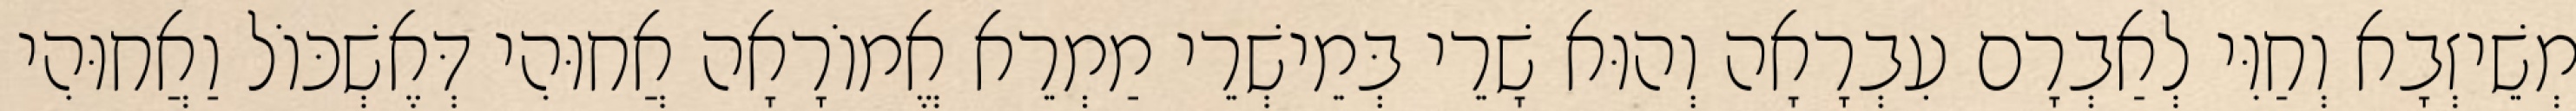
מְשֵׁיזְבָא וְחַוִּי לְאַבְרָם עִבְרָאָה וְהוּא שָׁרֵי בְּמֵישְׁרֵי מַמְרֵא אֱמוֹרָאָה אֲחוּהִי דְּאֶשְׁכּוֹל וַאֲחוּהִי